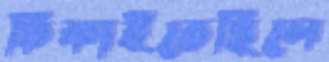
ঢিকাইতেছিলে